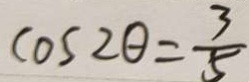
\cos 2 \theta = \frac { 3 } { 5 }